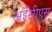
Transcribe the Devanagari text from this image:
अईसीएस